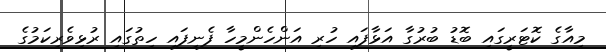
މިއާގެ ކޮޓަރީގައި ބޮޑު ބުރުގާ އަޅާފައި ހުރި އަންހެންމީހާ ފެނިފައި ހިތުގައި ރުޅިވެރިކަމުގެ